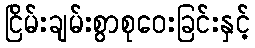
ငြိမ်းချမ်းစွာစုဝေးခြင်းနှင့်